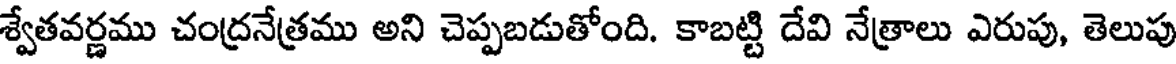
శ్వేతవర్ణము చంద్రనేత్రము అని చెప్పబడుతోంది. కాబట్టి దేవి నేత్రాలు ఎరుపు, తెలుపు